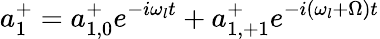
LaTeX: a_{1}^{+}=a_{1,0}^{+}e^{-i\omega_{l}t}+a_{1,+1}^{+}e^{-i(\omega_{l}+\Omega)t}